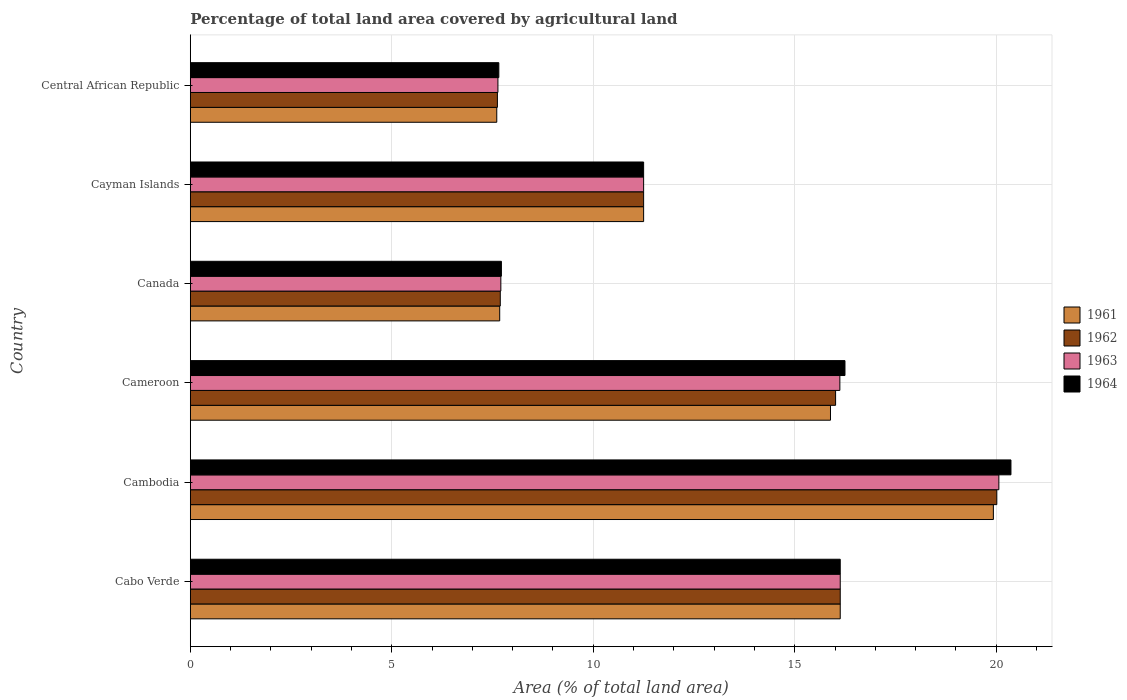
| Country | 1961 | 1962 | 1963 | 1964 |
 | --- | --- | --- | --- | --- |
 | Cabo Verde | 16.1 | 16.1 | 16.1 | 16.1 |
 | Cambodia | 19.9 | 20 | 20.1 | 20.4 |
 | Cameroon | 15.9 | 16 | 16.1 | 16.2 |
 | Canada | 7.68 | 7.69 | 7.71 | 7.72 |
 | Cayman Islands | 11.2 | 11.2 | 11.2 | 11.2 |
 | Central African Republic | 7.61 | 7.62 | 7.63 | 7.66 |